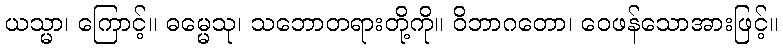
ယသ္မာ၊ ကြောင့်။ ဓမ္မေသု၊ သဘောတရားတို့ကို။ ဝိဘာဂတော၊ ဝေဖန်သောအားဖြင့်။